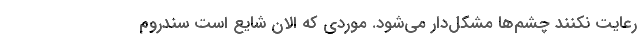
رعایت نکنند چشم‌ها مشکل‌دار می‌شود. موردی که الان شایع است سندروم